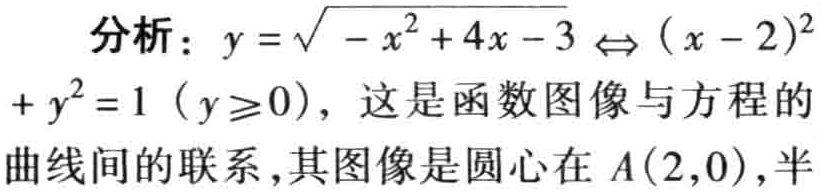
分析：$y = \sqrt{-x^{2}+4x - 3} \Leftrightarrow (x - 2)^{2}+y^{2}=1\ (y\geq0)$，这是函数图像与方程的曲线间的联系，其图像是圆心在$A(2,0)$，半